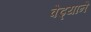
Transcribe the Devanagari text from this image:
वेढ्याने